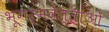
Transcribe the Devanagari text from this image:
भूगर्भवेत्ताओं